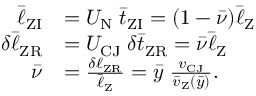
\begin{array} { r l } { \bar { \ell } _ { \mathrm { Z I } } } & { = U _ { \mathrm { N } } \; \bar { t } _ { \mathrm { Z I } } = ( 1 - \bar { \nu } ) \bar { \ell } _ { \mathrm { Z } } } \\ { \delta \bar { \ell } _ { \mathrm { Z R } } } & { = U _ { \mathrm { C J } } \; \delta \bar { t } _ { \mathrm { Z R } } = \bar { \nu } \bar { \ell } _ { \mathrm { Z } } } \\ { \bar { \nu } } & { = \frac { \delta \ell _ { \mathrm { Z R } } } { \bar { \ell } _ { \mathrm { Z } } } = \bar { y } \; \frac { v _ { \mathrm { C J } } } { \bar { v } _ { \mathrm { Z } } ( \bar { y } ) } . \quad } \end{array}